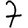
Digit: 7